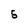
Character: 5